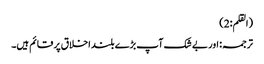
(القلم:2)
ترجمہ: اور بے شک آپ بڑے بلند اخلاق پر قائم ہیں۔